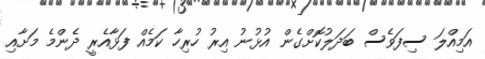
އަމިއްލަ ސިފަވެސް ބަދަލުކޮށްގެން އުޅުނު އިރު ހުރިހާ ކަމެއް ފަޅާއެރީ ދެންމެ މަށާއި